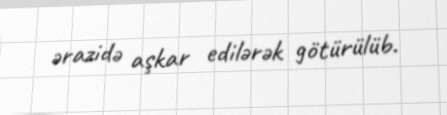
ərazidə aşkar edilərək götürülüb.